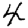
Digit: 4